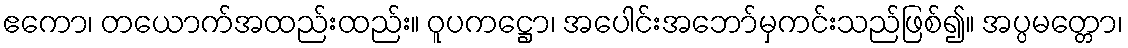
ဧကော၊ တယောက်အထည်းထည်း။ ဝူပကဋ္ဌော၊ အပေါင်းအဘော်မှကင်းသည်ဖြစ်၍။ အပ္ပမတ္တော၊